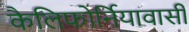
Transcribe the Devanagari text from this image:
कैलिफोर्नियावासी